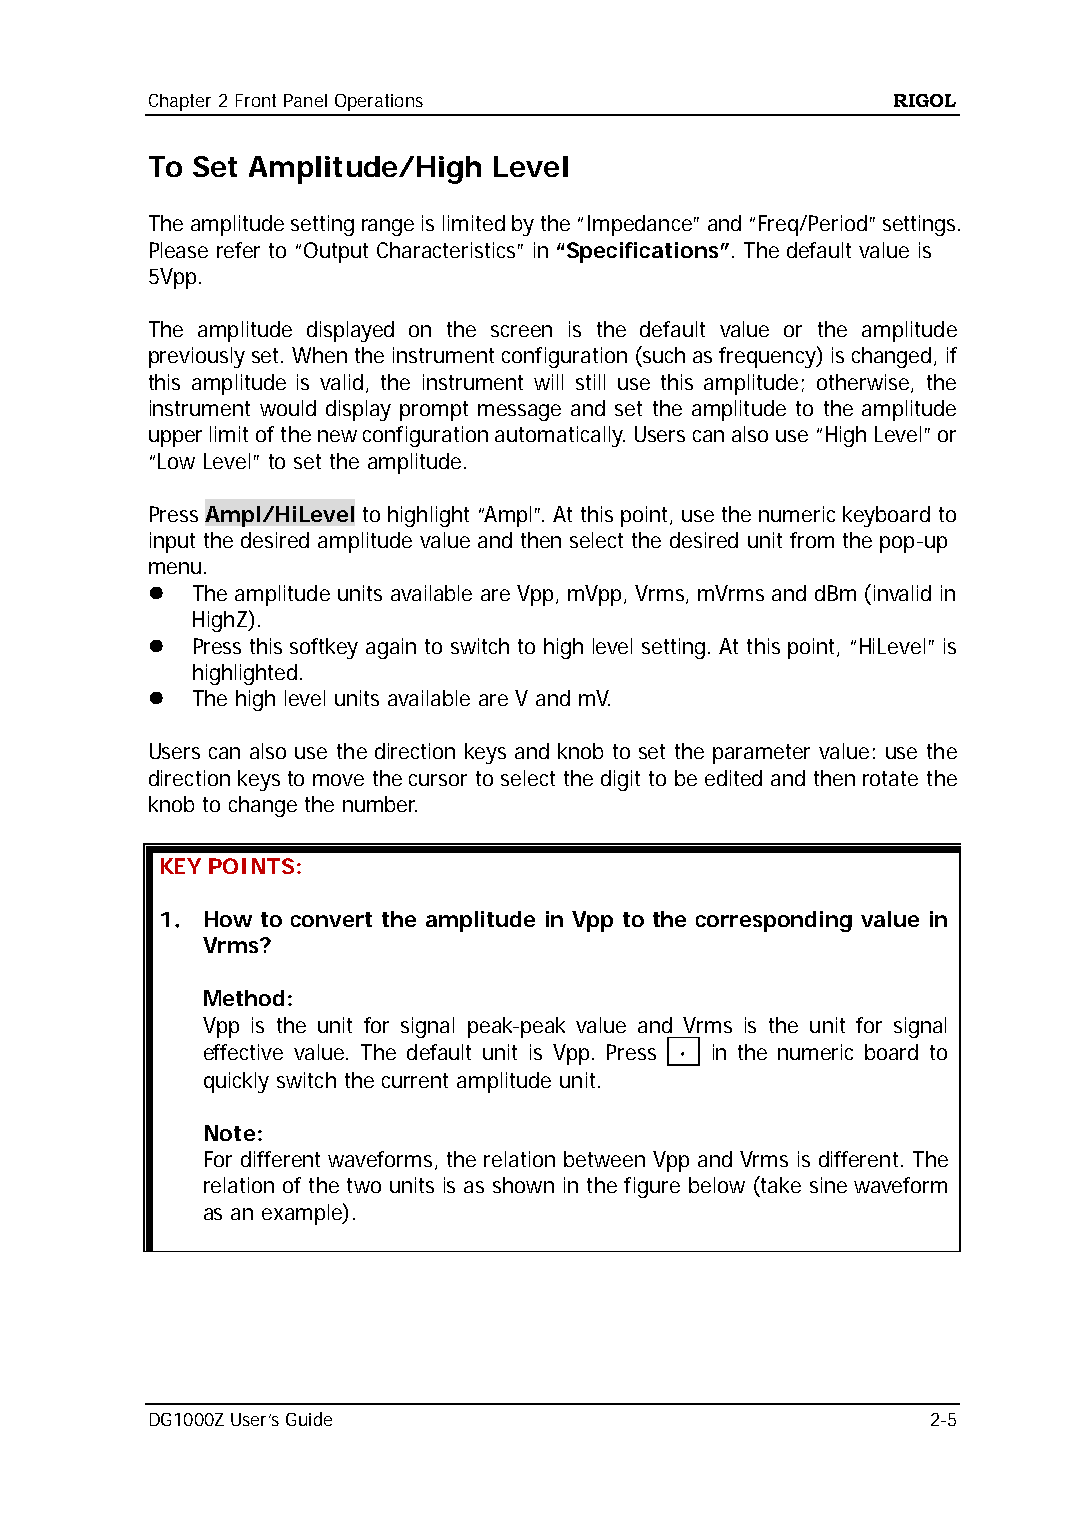
Chapter 2 Front Panel Operations                 RIGOL
 To Set Amplitude/High  Level
 The amplitude setting range is limited by the “Impedance” and “Freq/Period” settings.
 Please refer to “Output Characteristics” in “Specifications”. The default value is
 5Vpp.
 The amplitude displayed on the screen is the default value or the amplitude
 previously set. When the instrument configuration (such as frequency) is changed, if
 this amplitude is valid, the instrument will still use this amplitude; otherwise, the
 instrument would display prompt message and set the amplitude to the amplitude
 upper limit of the new configuration automatically. Users can also use “High Level” or
 “Low Level” to set the amplitude.
 Press Ampl/HiLevel to highlight “Ampl”. At this point, use the numeric keyboard to
 input the desired amplitude value and then select the desired unit from the pop-up
 menu.
   The amplitude units available are Vpp, mVpp, Vrms, mVrms and dBm (invalid in
 HighZ).
   Press this softkey again to switch to high level setting. At this point, “HiLevel” is
 highlighted.
   The high level units available are V and mV.
 Users can also use the direction keys and knob to set the parameter value: use the
 direction keys to move the cursor to select the digit to be edited and then rotate the
 knob to change the number.
 KEY POINTS:
 1． How to convert the amplitude in Vpp to the corresponding value in
 Vrms?
 Method:
 Vpp is the unit for signal peak-peak value and Vrms is the unit for signal
 effective value. The default unit is Vpp. Press · in the numeric board to
 quickly switch the current amplitude unit.
 Note:
 For different waveforms, the relation between Vpp and Vrms is different. The
 relation of the two units is as shown in the figure below (take sine waveform
 as an example).
 DG1000Z User’s Guide                                2-5